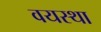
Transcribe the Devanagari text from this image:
वयस्था